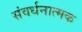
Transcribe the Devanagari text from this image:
संवर्धनात्‍मक